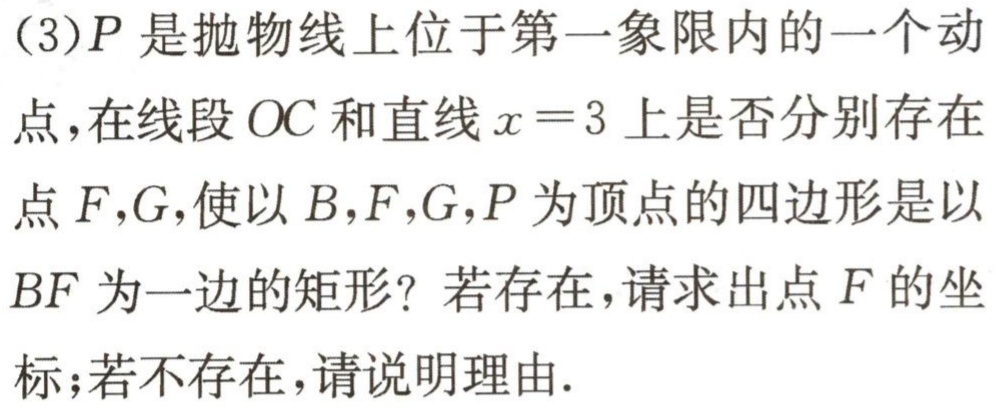
(3)\(P\)是抛物线上位于第一象限内的一个动点，在线段\(OC\)和直线\(x = 3\)上是否分别存在点\(F,G\)，使以\(B,F,G,P\)为顶点的四边形是以\(BF\)为一边的矩形？若存在，请求出点\(F\)的坐标；若不存在，请说明理由.